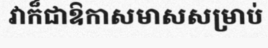
វាក៏ជាឱកាសមាសសម្រាប់